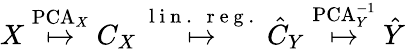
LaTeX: X\overset{\mathrm{PCA}_{X}}{\mapsto}C_{X}\overset{\mathrm{~l~i~n~.~~~r~e~g~.~}}{\mapsto}\hat{C}_{Y}\overset{\mathrm{PCA}_{Y}^{-1}}{\mapsto}\hat{Y}